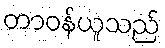
တာဝန်ယူသည်